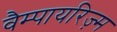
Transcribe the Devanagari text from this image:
वैम्पायरिज़्म